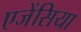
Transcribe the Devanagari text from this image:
एजेंसिया